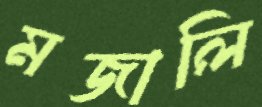
মজালি